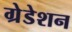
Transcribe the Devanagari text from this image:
ग्रेडेशन